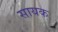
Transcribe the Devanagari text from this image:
सायक